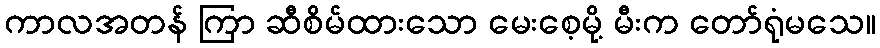
ကာလအတန် ကြာ ဆီစိမ်ထားသော မေးစေ့မို့ မီးက တော်ရုံမသေ။